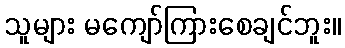
သူများ မကျော်ကြားစေချင်ဘူး။